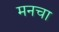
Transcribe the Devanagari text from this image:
मनचा